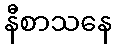
နီစာသနေ